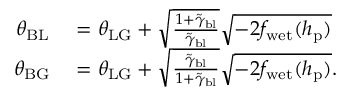
\begin{array} { r l } { \theta _ { \mathrm { B L } } } & { { } = \theta _ { \mathrm { L G } } + \sqrt { \frac { 1 + \Tilde { \gamma } _ { \mathrm { b l } } } { \Tilde { \gamma } _ { \mathrm { b l } } } } \sqrt { - 2 f _ { \mathrm { w e t } } ( h _ { \mathrm { p } } ) } } \\ { \theta _ { \mathrm { B G } } } & { { } = \theta _ { \mathrm { L G } } + \sqrt { \frac { \Tilde { \gamma } _ { \mathrm { b l } } } { 1 + \Tilde { \gamma } _ { \mathrm { b l } } } } \sqrt { - 2 f _ { \mathrm { w e t } } ( h _ { \mathrm { p } } ) } . } \end{array}